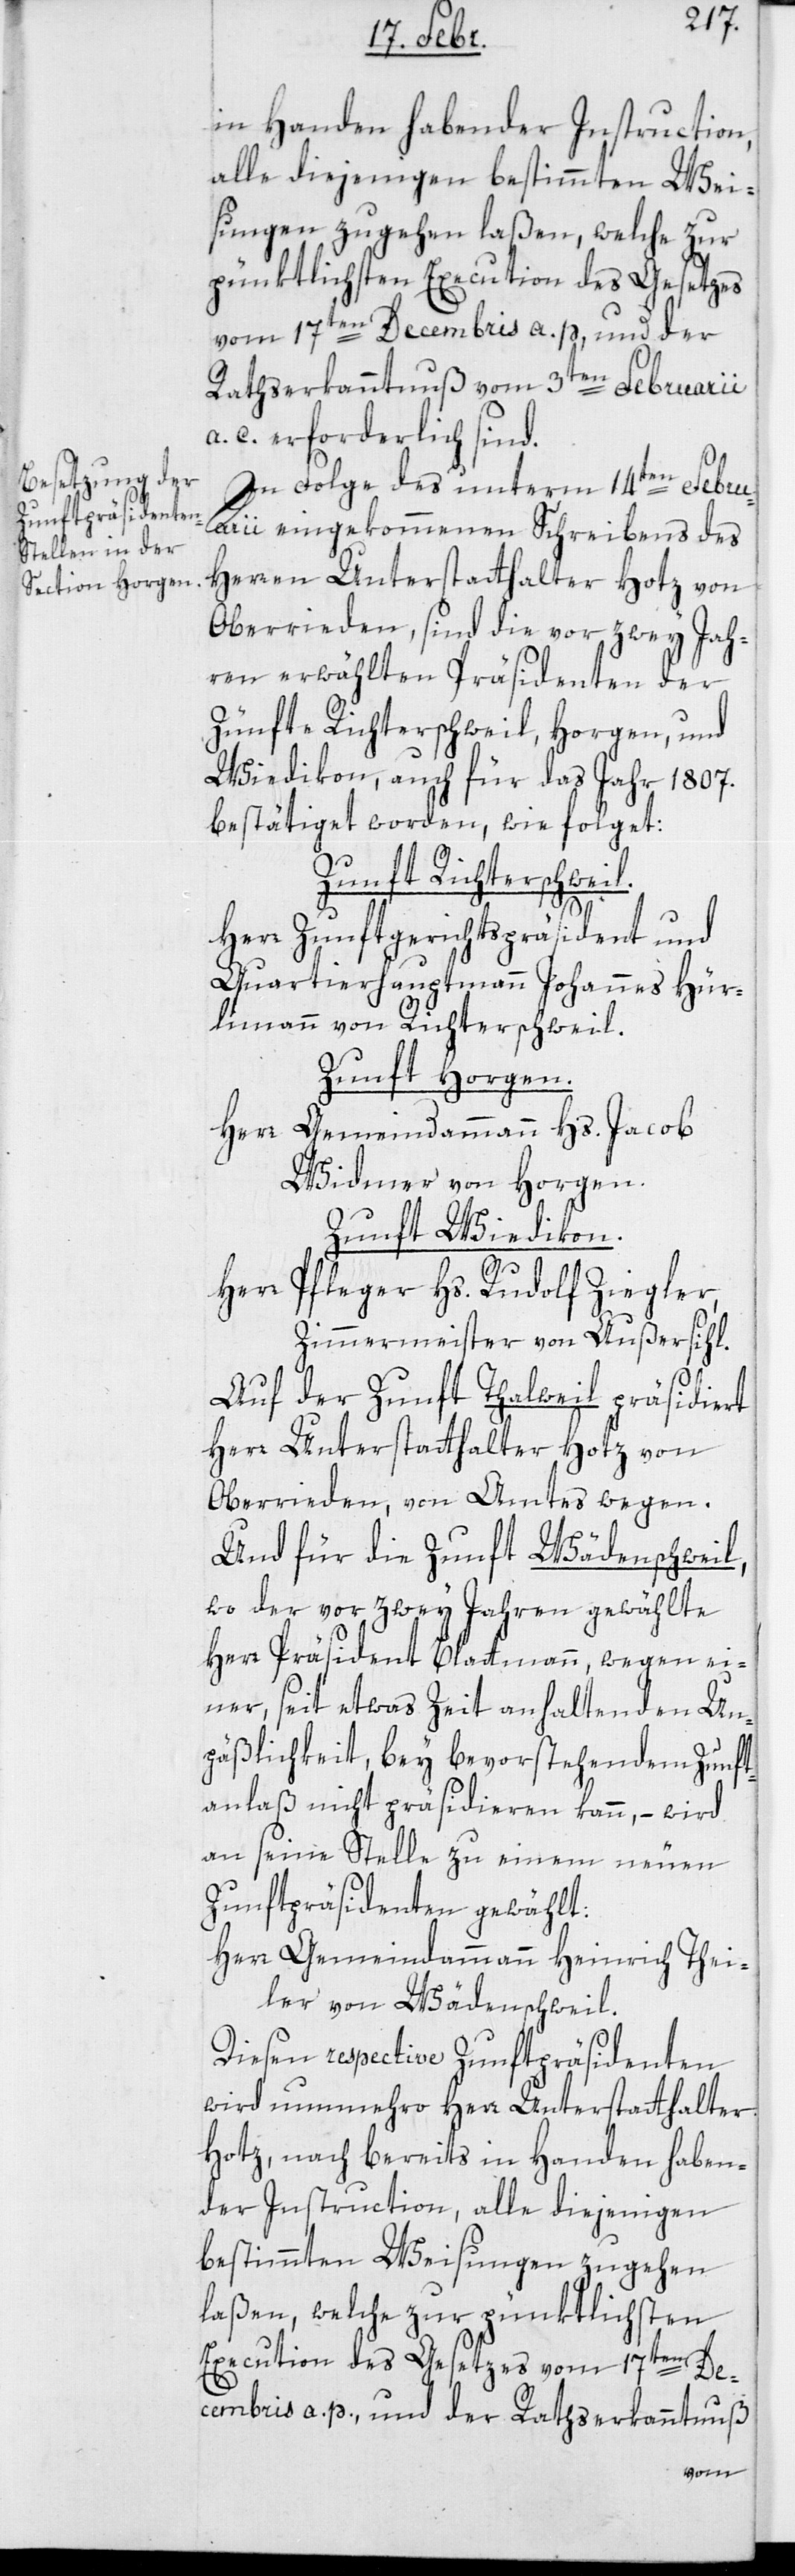
in Handen habenden Instruction,
alle diejenigen bestimmten Wei¬
sungen zugehen laßen, welche zur
pünktlichsten Execution des Gesetzes
vom 17ten Decembris a. p. und der
Rathserkanntnuß vom 3ten Februarii
c. erforderlich sind.
In Folge des unterm 14ten Febru¬
arii eingekommenen Schreibens des
Herren Unterstatthalter Hotz von
Oberrieden, sind die vor zwey Jah¬
ren erwählten Präsidenten der
Zünfte Richterschweil, Horgen, und
Wiedikon, auch für das Jahr 1807.
bestätiget worden, wie folget:
Zunft Richterschweil.
Herr Zunftgerichtspräsident und
Quartierhauptmann Johannes Hür¬
limann von Richterschweil.
Zunft Horgen.
Herr Gemeindammann Hs. Jacob
Widmer von Horgen.
Zunft Wiedikon.
Herr Pfleger Hs. Rudolf Ziegler,
Zimmermeister von Außersihl.
Auf der Zunft Thalweil präsidiert
Herr Unterstatthalter Hotz von
Oberrieden von Amtes wegen.
Und für die Zunft Wädenschweil,
wo der vor zwey Jahren gewählte
Herr Präsident Blattmann wegen ei¬
ner, seit etwas Zeit anhaltenden Un¬
päßlichkeit, bey bevorstehendem Zunft¬
anlaß nicht präsidieren kann, – wird
an seine Stelle zu einem neuen
Zunftpräsidenten gewählt:
Herr Gemeindammann Heinrich Thei¬
ler von Wädenschweil.
Diesen respective Zunftpräsidenten
wird nunmehro Herr Unterstatthalter
Hotz, nach bereits in Handen haben¬
der Instruction, alle diejenigen
bestimmten Weisungen zugehen
laßen, welche zur pünktlichsten
Execution des Gesetzes vom 17ten De¬
cembris a. p. und der Rathserkanntnuß